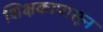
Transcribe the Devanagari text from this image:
शिक्षकापासून